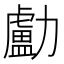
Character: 㔧